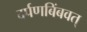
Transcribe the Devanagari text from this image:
दर्पणबिंबवत्